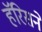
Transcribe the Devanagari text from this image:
हॅरिसने